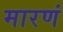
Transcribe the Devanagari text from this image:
मारणं